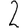
Digit: 2